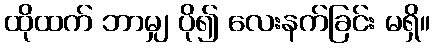
ထိုထက် ဘာမျှ ပို၍ လေးနက်ခြင်း မရှိ။